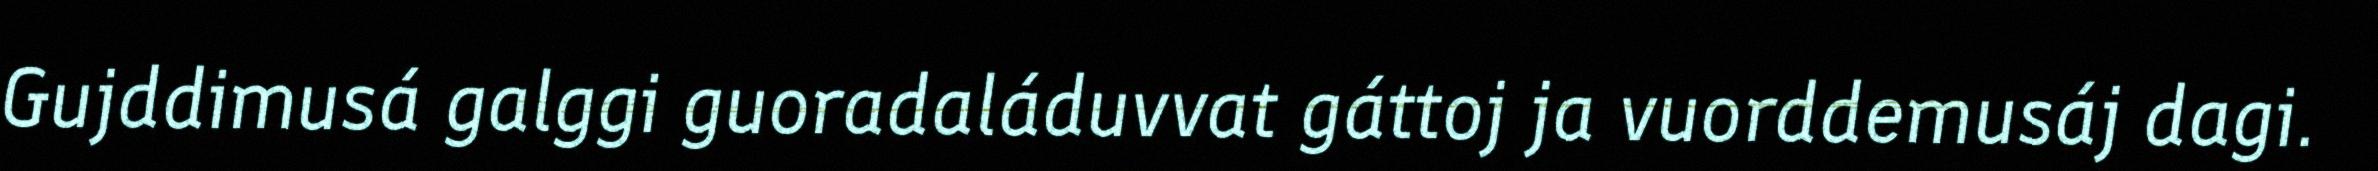
Gujddimusá galggi guoradaláduvvat gáttoj ja vuorddemusáj dagi.